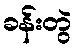
ခန်းတွဲ